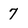
Character: 7